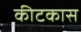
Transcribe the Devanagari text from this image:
कीटकास